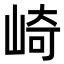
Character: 崎